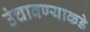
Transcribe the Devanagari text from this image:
उंचावण्याकडे